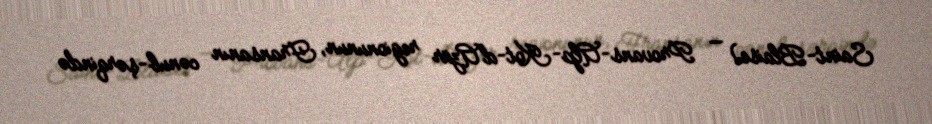
Saint-Blaise) — Provans-Alp-Kot-d'Azür regionunun, Fransanın cənub-şərqində